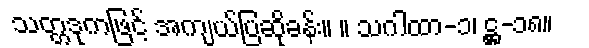
သတ္တဒုကဖြင့် အကျယ်ပြဆိုခန်း။ ။ သဂါထာ-၁၊ ဋ္ဌ-၁၈။